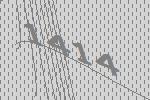
1414